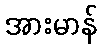
အားမာန်